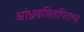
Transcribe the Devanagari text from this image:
आंध्रकवितापितामह